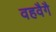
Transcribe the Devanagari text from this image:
वहवैगै